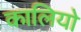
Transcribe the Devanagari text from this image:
कालियो